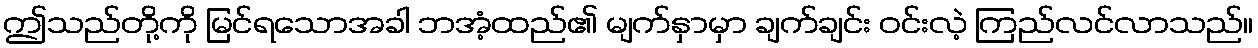
ဤသည်တို့ကို မြင်ရသောအခါ ဘအံ့ထည်၏ မျက်နှာမှာ ချက်ချင်း ဝင်းလဲ့ ကြည်လင်လာသည်။